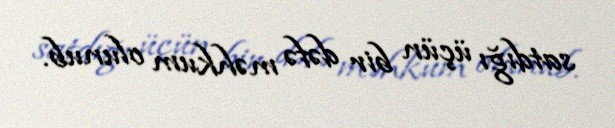
satdığı üçün bir dəfə məhkum olunub.